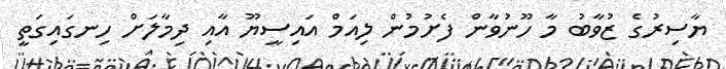
ޔާސިރުގެ ޒުވާބު މާ ހޫނުވާން ފެށުމުން ލިއަމް އައިސީޔޫ އާއި ދިމާލަށް ހިނގައިގަތީ